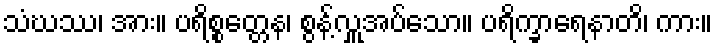
သံဃဿ၊ အား။ ပရိစ္စတ္တေန၊ စွန့်လှူအပ်သော။ ပရိက္ခာရေနာတိ၊ ကား။